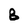
Character: B